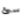
سئ